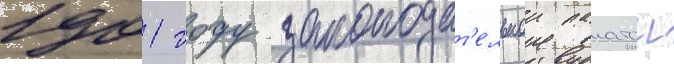
1901 году законодат'ельнои палатои